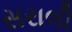
સરાલી